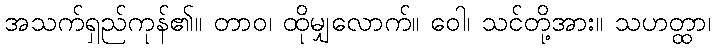
အသက်ရှည်ကုန်၏။ တာဝ၊ ထိုမျှလောက်။ ဝေါ၊ သင်တို့အား။ သဟတ္ထာ၊